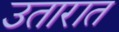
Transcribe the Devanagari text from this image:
उतारात